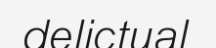
delictual